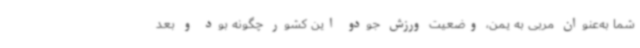
شما به‌عنوان مربی به یمن، وضعیت ورزش جودو این کشور چگونه بود و بعد